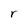
Character: r